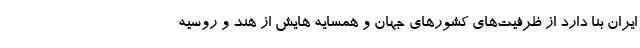
ایران بنا دارد از ظرفیت‌های کشورهای جهان و همسایه هایش از هند و روسیه